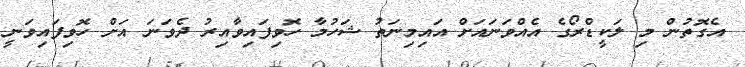
އެގޮތުން މި ލަކީޑްރޯގެ އެއްވަނައަށް އައިމިނަތު ޝަހުމާ ހޮވިފައިވާއިރު ދެވަނަ އަށް ހޮވިފައިވަނީ